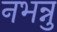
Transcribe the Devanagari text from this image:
नभन्नु